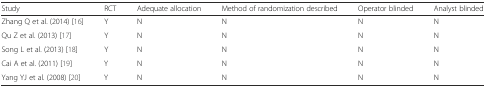
<table><thead><tr><td><b>Study</b></td><td><b>RCT</b></td><td><b>Adequate allocation</b></td><td><b>Method of randomization described</b></td><td><b>Operator blinded</b></td><td><b>Analyst blinded</b></td></tr></thead><tbody><tr><td>Zhang Q et al. (2014) [16]</td><td>Y</td><td>N</td><td>N</td><td>N</td><td>N</td></tr><tr><td>Qu Z et al. (2013) [17]</td><td>Y</td><td>N</td><td>N</td><td>N</td><td>N</td></tr><tr><td>Song L et al. (2013) [18]</td><td>Y</td><td>N</td><td>N</td><td>N</td><td>N</td></tr><tr><td>Cai A et al. (2011) [19]</td><td>Y</td><td>N</td><td>N</td><td>N</td><td>N</td></tr><tr><td>Yang YJ et al. (2008) [20]</td><td>Y</td><td>N</td><td>N</td><td>N</td><td>N</td></tr></tbody></table>